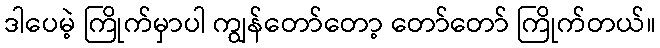
ဒါပေမဲ့ ကြိုက်မှာပါ ကျွန်တော်တော့ တော်တော် ကြိုက်တယ်။